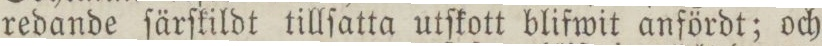
redande ſärſkildt tillſatta utſkott blifwit anfördt; och